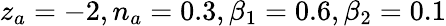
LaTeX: z_{a}=-2,n_{a}=0.3,\beta_{1}=0.6,\beta_{2}=0.1